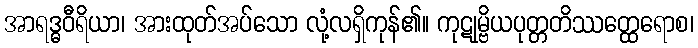
အာရဒ္ဓဝီရိယာ၊ အားထုတ်အပ်သော လုံ့လရှိကုန်၏။ ကုဋုမ္ဗိယပုတ္တတိဿတ္ထေရောစ၊